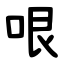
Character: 哏